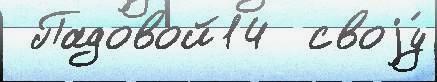
 Падовой14  своjу́